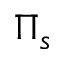
\Pi _ { s }